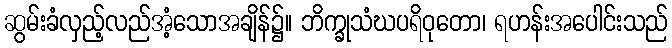
ဆွမ်းခံလှည့်လည်အံ့သောအချိန်၌။ ဘိက္ခုသံဃပရိဝုတော၊ ရဟန်းအပေါင်းသည်